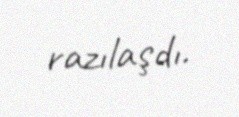
razılaşdı.